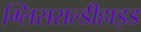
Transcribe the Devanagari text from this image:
ग्लिसराल्डीहाइड